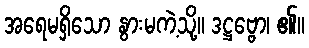
အရေမရှိသော နွားမကဲ့သို့။ ဒဋ္ဌဗ္ဗော၊ ၏။